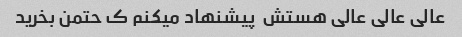
عالی عالی عالی هستش  پیشنهاد میکنم ک حتمن بخرید